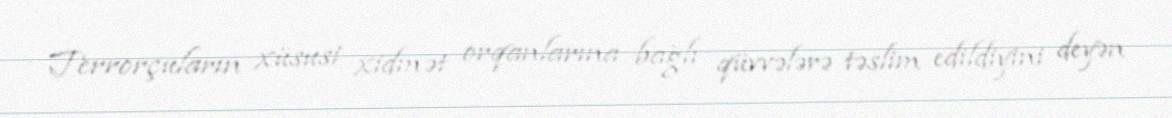
Terrorçuların xüsusi xidmət orqanlarına bağlı qüvvələrə təslim edildiyini deyən